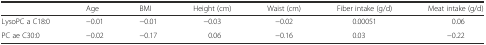
<table><thead><tr><td>[EMPTY_CELL]</td><td><b>Age</b></td><td><b>BMI</b></td><td><b>Height (cm)</b></td><td><b>Waist (cm)</b></td><td><b>Fiber intake (g/d)</b></td><td><b>Meat intake (g/d)</b></td></tr></thead><tbody><tr><td>LysoPC a C18:0</td><td>−0.01</td><td>−0.01</td><td>−0.03</td><td>−0.02</td><td>0.00051</td><td>0.06</td></tr><tr><td>PC ae C30:0</td><td>−0.02</td><td>−0.17</td><td>0.06</td><td>−0.16</td><td>0.03</td><td>−0.22</td></tr></tbody></table>